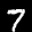
Label: 7